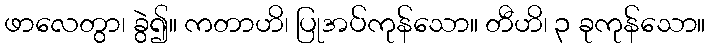
ဖာလေတွာ၊ ခွဲ၍။ ကတာဟိ၊ ပြုအပ်ကုန်သော။ တီဟိ၊ ၃ ခုကုန်သော။